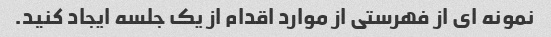
نمونه ای از فهرستی از موارد اقدام از یک جلسه ایجاد کنید.